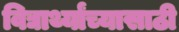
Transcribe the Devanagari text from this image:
विद्यार्थ्यांच्यासाठी